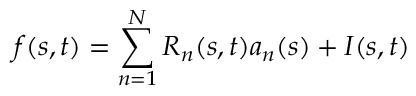
f ( s , t ) = \sum _ { n = 1 } ^ { N } R _ { n } ( s , t ) a _ { n } ( s ) + I ( s , t )